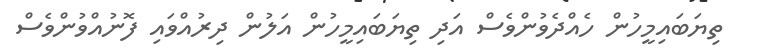
ތިޔަބައިމީހުން ހެއްދެވުންވެސް އަދި ތިޔަބައިމީހުން އަލުން ދިރުއްވައި ފޮނުއްވުންވެސް